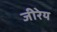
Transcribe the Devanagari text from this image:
जीरेय